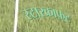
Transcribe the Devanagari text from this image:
स्टारक्राफ़्ट